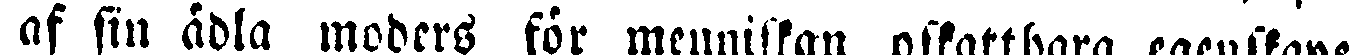
af sin ädla moders för; menniskan afsattbara egenskaper